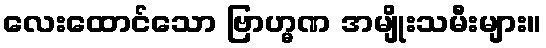
လေးထောင်သော ဗြာဟ္မဏ အမျိုးသမီးများ။